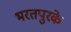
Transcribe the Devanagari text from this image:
भरतपुरके